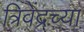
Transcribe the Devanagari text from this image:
त्रिवेंद्रच्या